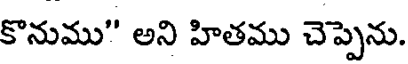
కొనుము" అని హితము చెప్పెను.